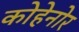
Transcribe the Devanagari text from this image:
कोहेनोर